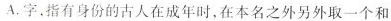
A.字，指有身份的古人在成年时，在本名之外另外取一个和